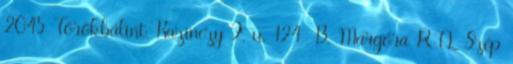
2045 Törökbálint, Kazinczy F. u. 124 B. Margóra RTL Szép